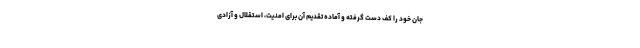
جان خود را کف دست گرفته و آماده تقدیم آن برای امنیت، استقلال و آزادی